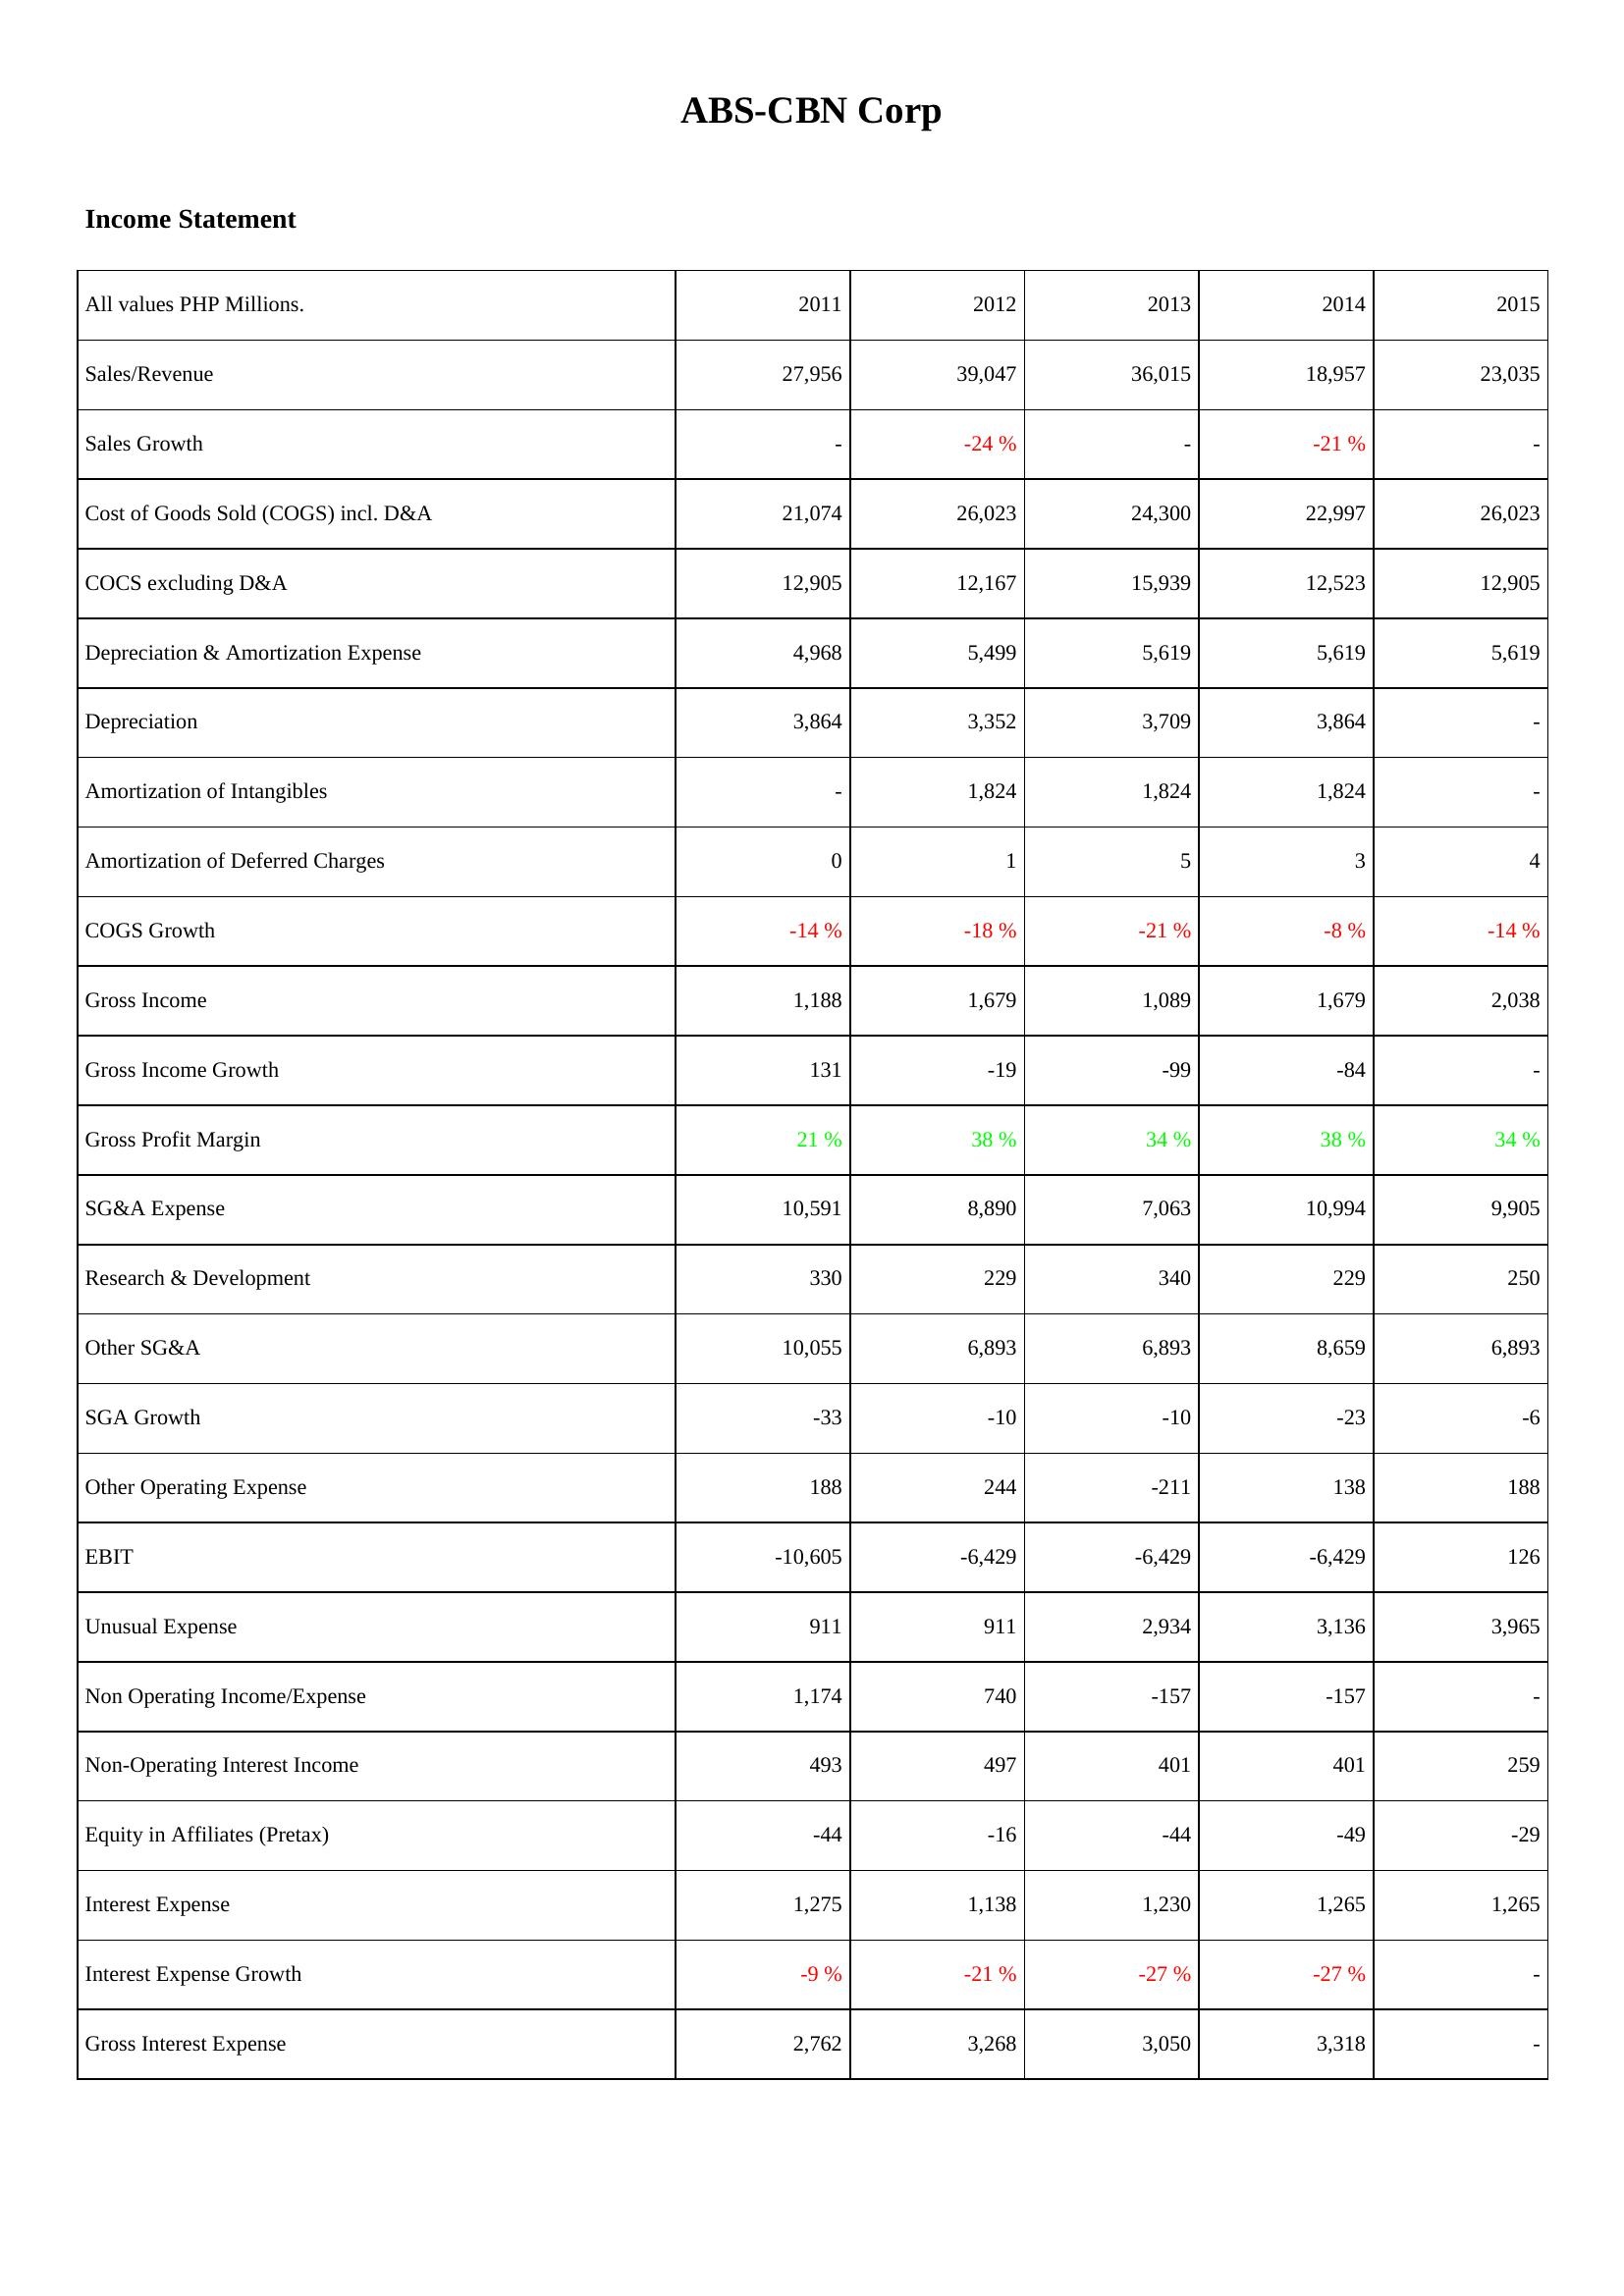
2011: Income Statement: Sales/Revenue: 27,956
Sales Growth: -
Cost of Goods Sold (COGS) incl. D&A: 21,074
COCS excluding D&A: 12,905
Depreciation & Amortization Expense: 4,968
Depreciation: 3,864
Amortization of Intangibles: -
Amortization of Deferred Charges: 0
COGS Growth: -14 %
Gross Income: 1,188
Gross Income Growth: 131
Gross Profit Margin: 21 %
SG&A Expense: 10,591
Research & Development: 330
Other SG&A: 10,055
SGA Growth: -33
Other Operating Expense: 188
EBIT: -10,605
Unusual Expense: 911
Non Operating Income/Expense: 1,174
Non-Operating Interest Income: 493
Equity in Affiliates (Pretax): -44
Interest Expense: 1,275
Interest Expense Growth: -9 %
Gross Interest Expense: 2,762
2012: Income Statement: Sales/Revenue: 39,047
Sales Growth: -24 %
Cost of Goods Sold (COGS) incl. D&A: 26,023
COCS excluding D&A: 12,167
Depreciation & Amortization Expense: 5,499
Depreciation: 3,352
Amortization of Intangibles: 1,824
Amortization of Deferred Charges: 1
COGS Growth: -18 %
Gross Income: 1,679
Gross Income Growth: -19
Gross Profit Margin: 38 %
SG&A Expense: 8,890
Research & Development: 229
Other SG&A: 6,893
SGA Growth: -10
Other Operating Expense: 244
EBIT: -6,429
Unusual Expense: 911
Non Operating Income/Expense: 740
Non-Operating Interest Income: 497
Equity in Affiliates (Pretax): -16
Interest Expense: 1,138
Interest Expense Growth: -21 %
Gross Interest Expense: 3,268
2013: Income Statement: Sales/Revenue: 36,015
Sales Growth: -
Cost of Goods Sold (COGS) incl. D&A: 24,300
COCS excluding D&A: 15,939
Depreciation & Amortization Expense: 5,619
Depreciation: 3,709
Amortization of Intangibles: 1,824
Amortization of Deferred Charges: 5
COGS Growth: -21 %
Gross Income: 1,089
Gross Income Growth: -99
Gross Profit Margin: 34 %
SG&A Expense: 7,063
Research & Development: 340
Other SG&A: 6,893
SGA Growth: -10
Other Operating Expense: -211
EBIT: -6,429
Unusual Expense: 2,934
Non Operating Income/Expense: -157
Non-Operating Interest Income: 401
Equity in Affiliates (Pretax): -44
Interest Expense: 1,230
Interest Expense Growth: -27 %
Gross Interest Expense: 3,050
2014: Income Statement: Sales/Revenue: 18,957
Sales Growth: -21 %
Cost of Goods Sold (COGS) incl. D&A: 22,997
COCS excluding D&A: 12,523
Depreciation & Amortization Expense: 5,619
Depreciation: 3,864
Amortization of Intangibles: 1,824
Amortization of Deferred Charges: 3
COGS Growth: -8 %
Gross Income: 1,679
Gross Income Growth: -84
Gross Profit Margin: 38 %
SG&A Expense: 10,994
Research & Development: 229
Other SG&A: 8,659
SGA Growth: -23
Other Operating Expense: 138
EBIT: -6,429
Unusual Expense: 3,136
Non Operating Income/Expense: -157
Non-Operating Interest Income: 401
Equity in Affiliates (Pretax): -49
Interest Expense: 1,265
Interest Expense Growth: -27 %
Gross Interest Expense: 3,318
2015: Income Statement: Sales/Revenue: 23,035
Sales Growth: -
Cost of Goods Sold (COGS) incl. D&A: 26,023
COCS excluding D&A: 12,905
Depreciation & Amortization Expense: 5,619
Depreciation: -
Amortization of Intangibles: -
Amortization of Deferred Charges: 4
COGS Growth: -14 %
Gross Income: 2,038
Gross Income Growth: -
Gross Profit Margin: 34 %
SG&A Expense: 9,905
Research & Development: 250
Other SG&A: 6,893
SGA Growth: -6
Other Operating Expense: 188
EBIT: 126
Unusual Expense: 3,965
Non Operating Income/Expense: -
Non-Operating Interest Income: 259
Equity in Affiliates (Pretax): -29
Interest Expense: 1,265
Interest Expense Growth: -
Gross Interest Expense: -